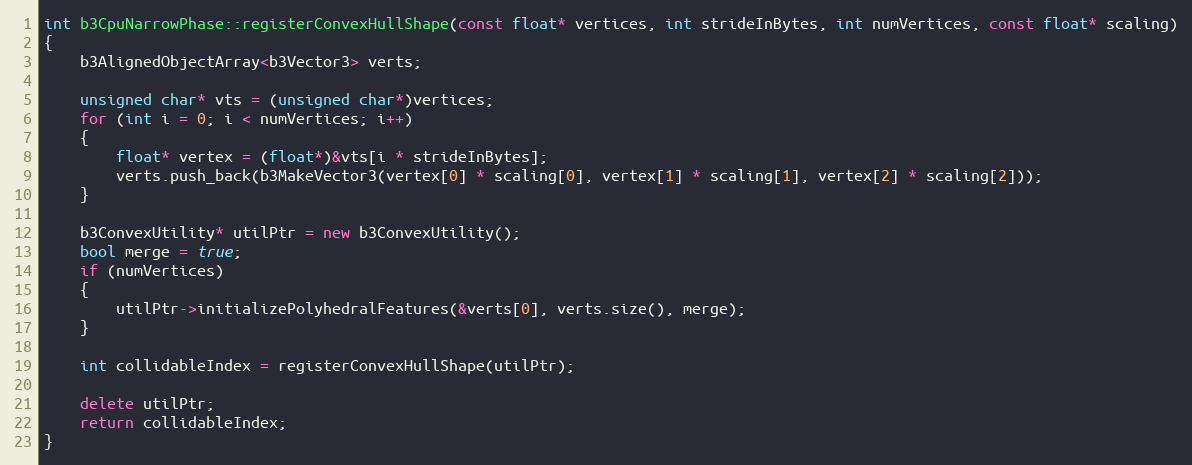
Language: C++
int b3CpuNarrowPhase::registerConvexHullShape(const float* vertices, int strideInBytes, int numVertices, const float* scaling)
{
	b3AlignedObjectArray<b3Vector3> verts;

	unsigned char* vts = (unsigned char*)vertices;
	for (int i = 0; i < numVertices; i++)
	{
		float* vertex = (float*)&vts[i * strideInBytes];
		verts.push_back(b3MakeVector3(vertex[0] * scaling[0], vertex[1] * scaling[1], vertex[2] * scaling[2]));
	}

	b3ConvexUtility* utilPtr = new b3ConvexUtility();
	bool merge = true;
	if (numVertices)
	{
		utilPtr->initializePolyhedralFeatures(&verts[0], verts.size(), merge);
	}

	int collidableIndex = registerConvexHullShape(utilPtr);

	delete utilPtr;
	return collidableIndex;
}